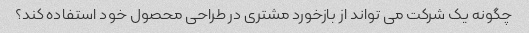
چگونه یک شرکت می تواند از بازخورد مشتری در طراحی محصول خود استفاده کند؟